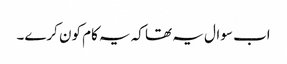
اب سوال یہ تھا کہ یہ کام کون کرے۔